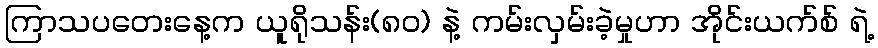
ကြာသပတေးနေ့က ယူရိုသန်း(၈၀) နဲ့ ကမ်းလှမ်းခဲ့မှုဟာ အိုင်းယက်စ် ရဲ့